Annual report on the mental hospital in the Central Provinces and Berar (Nagpur) - 1927-1951
Year: 1927
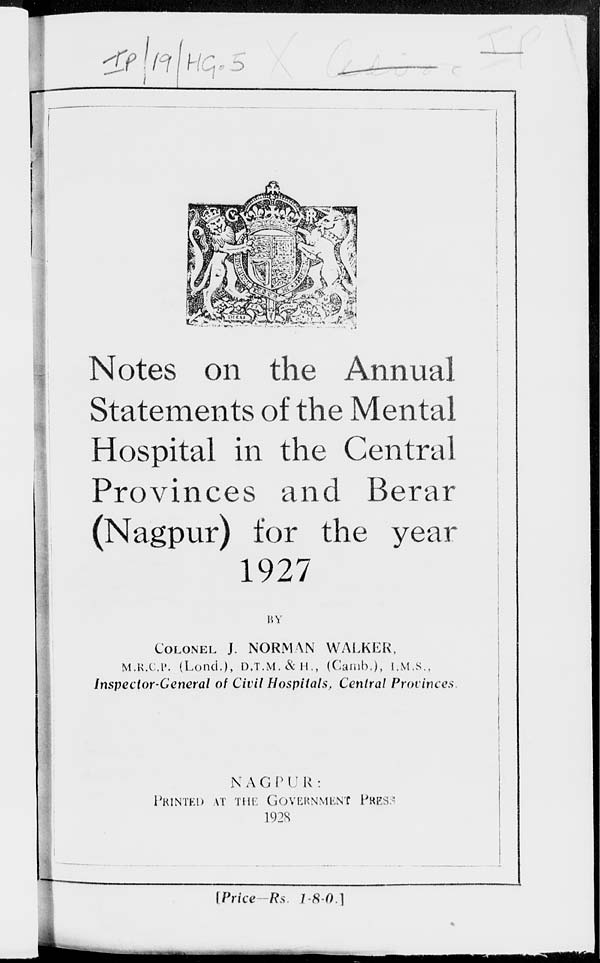
Notes on the Annual
Statements of the Mental
Hospital in the Central
Provinces and Berar
(Nagpur) for the year
1927
BY
COLONEL J. NORMAN WALKER,
M.R.C.P. (Lond), D.T.M.& H., (Camb.), I.M.S.,
Inspector-General of Civil Hospitals, Central Provinces
NAGPUR :
PRINTED AT THE GOVERNMENT PRESS.
1928
[Price
-Rs.
1-8-0.]